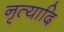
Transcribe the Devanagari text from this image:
नृत्यादि